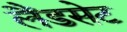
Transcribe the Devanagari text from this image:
लैंडसेट